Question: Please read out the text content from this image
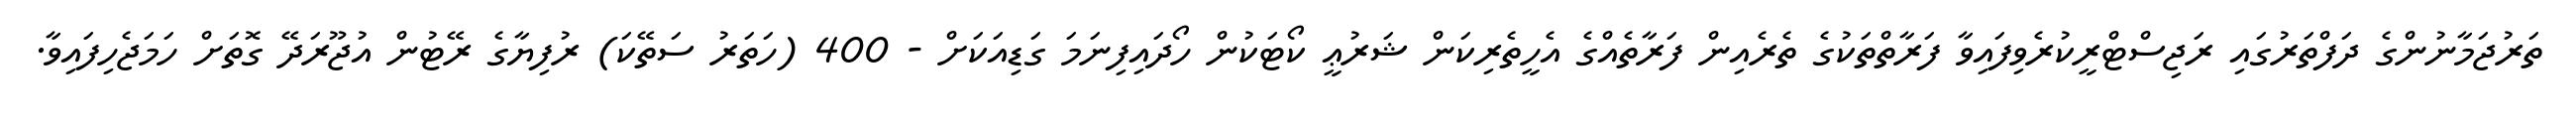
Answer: ތަރުޖަމާނުންގެ ދަފްތަރުގައި ރަޖިސްޓްރީކުރެވިފައިވާ ފަރާތްތަކުގެ ތެރެއިން ފަރާތެއްގެ އެހީތެރިކަން ޝަރުޢީ ކޯޓަކުން ހޯދައިފިނަމަ ގަޑިއަކަށް - 400 (ހަތަރު ސަތޭކަ) ރުފިޔާގެ ރޭޓުން އުޖޫރަދޭ ގޮތަށް ހަމަޖެހިފައިވާ.